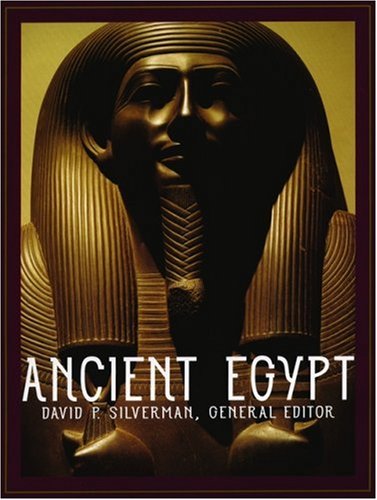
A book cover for Ancient Egypt; David P. Silverman; History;